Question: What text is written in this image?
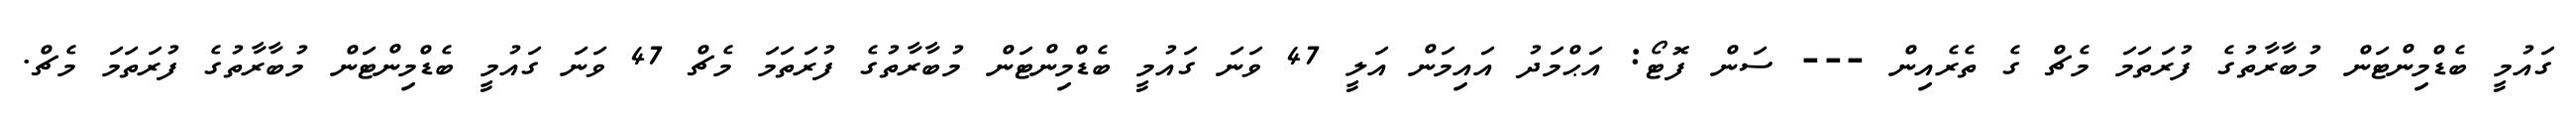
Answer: ގައުމީ ބެޑްމިންޓަން މުބާރާތުގެ ފުރަތަމަ މެޗް ގެ ތެރެއިން --- ސަން ފޮޓޯ: އަޙްމަދު އައިމަން އަލީ 47 ވަނަ ގައުމީ ބެޑްމިންޓަން މުބާރާތުގެ ފުރަތަމަ މެޗް 47 ވަނަ ގައުމީ ބެޑްމިންޓަން މުބާރާތުގެ ފުރަތަމަ މެޗް.